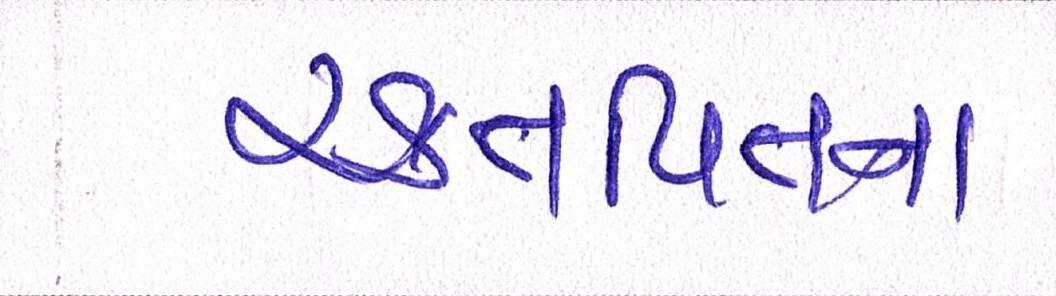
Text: રક્તપિતના